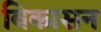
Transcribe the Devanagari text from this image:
विकासन